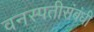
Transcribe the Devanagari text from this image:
वनस्पतीसंबंधी